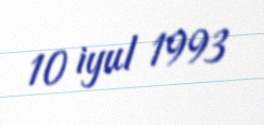
10 iyul 1993